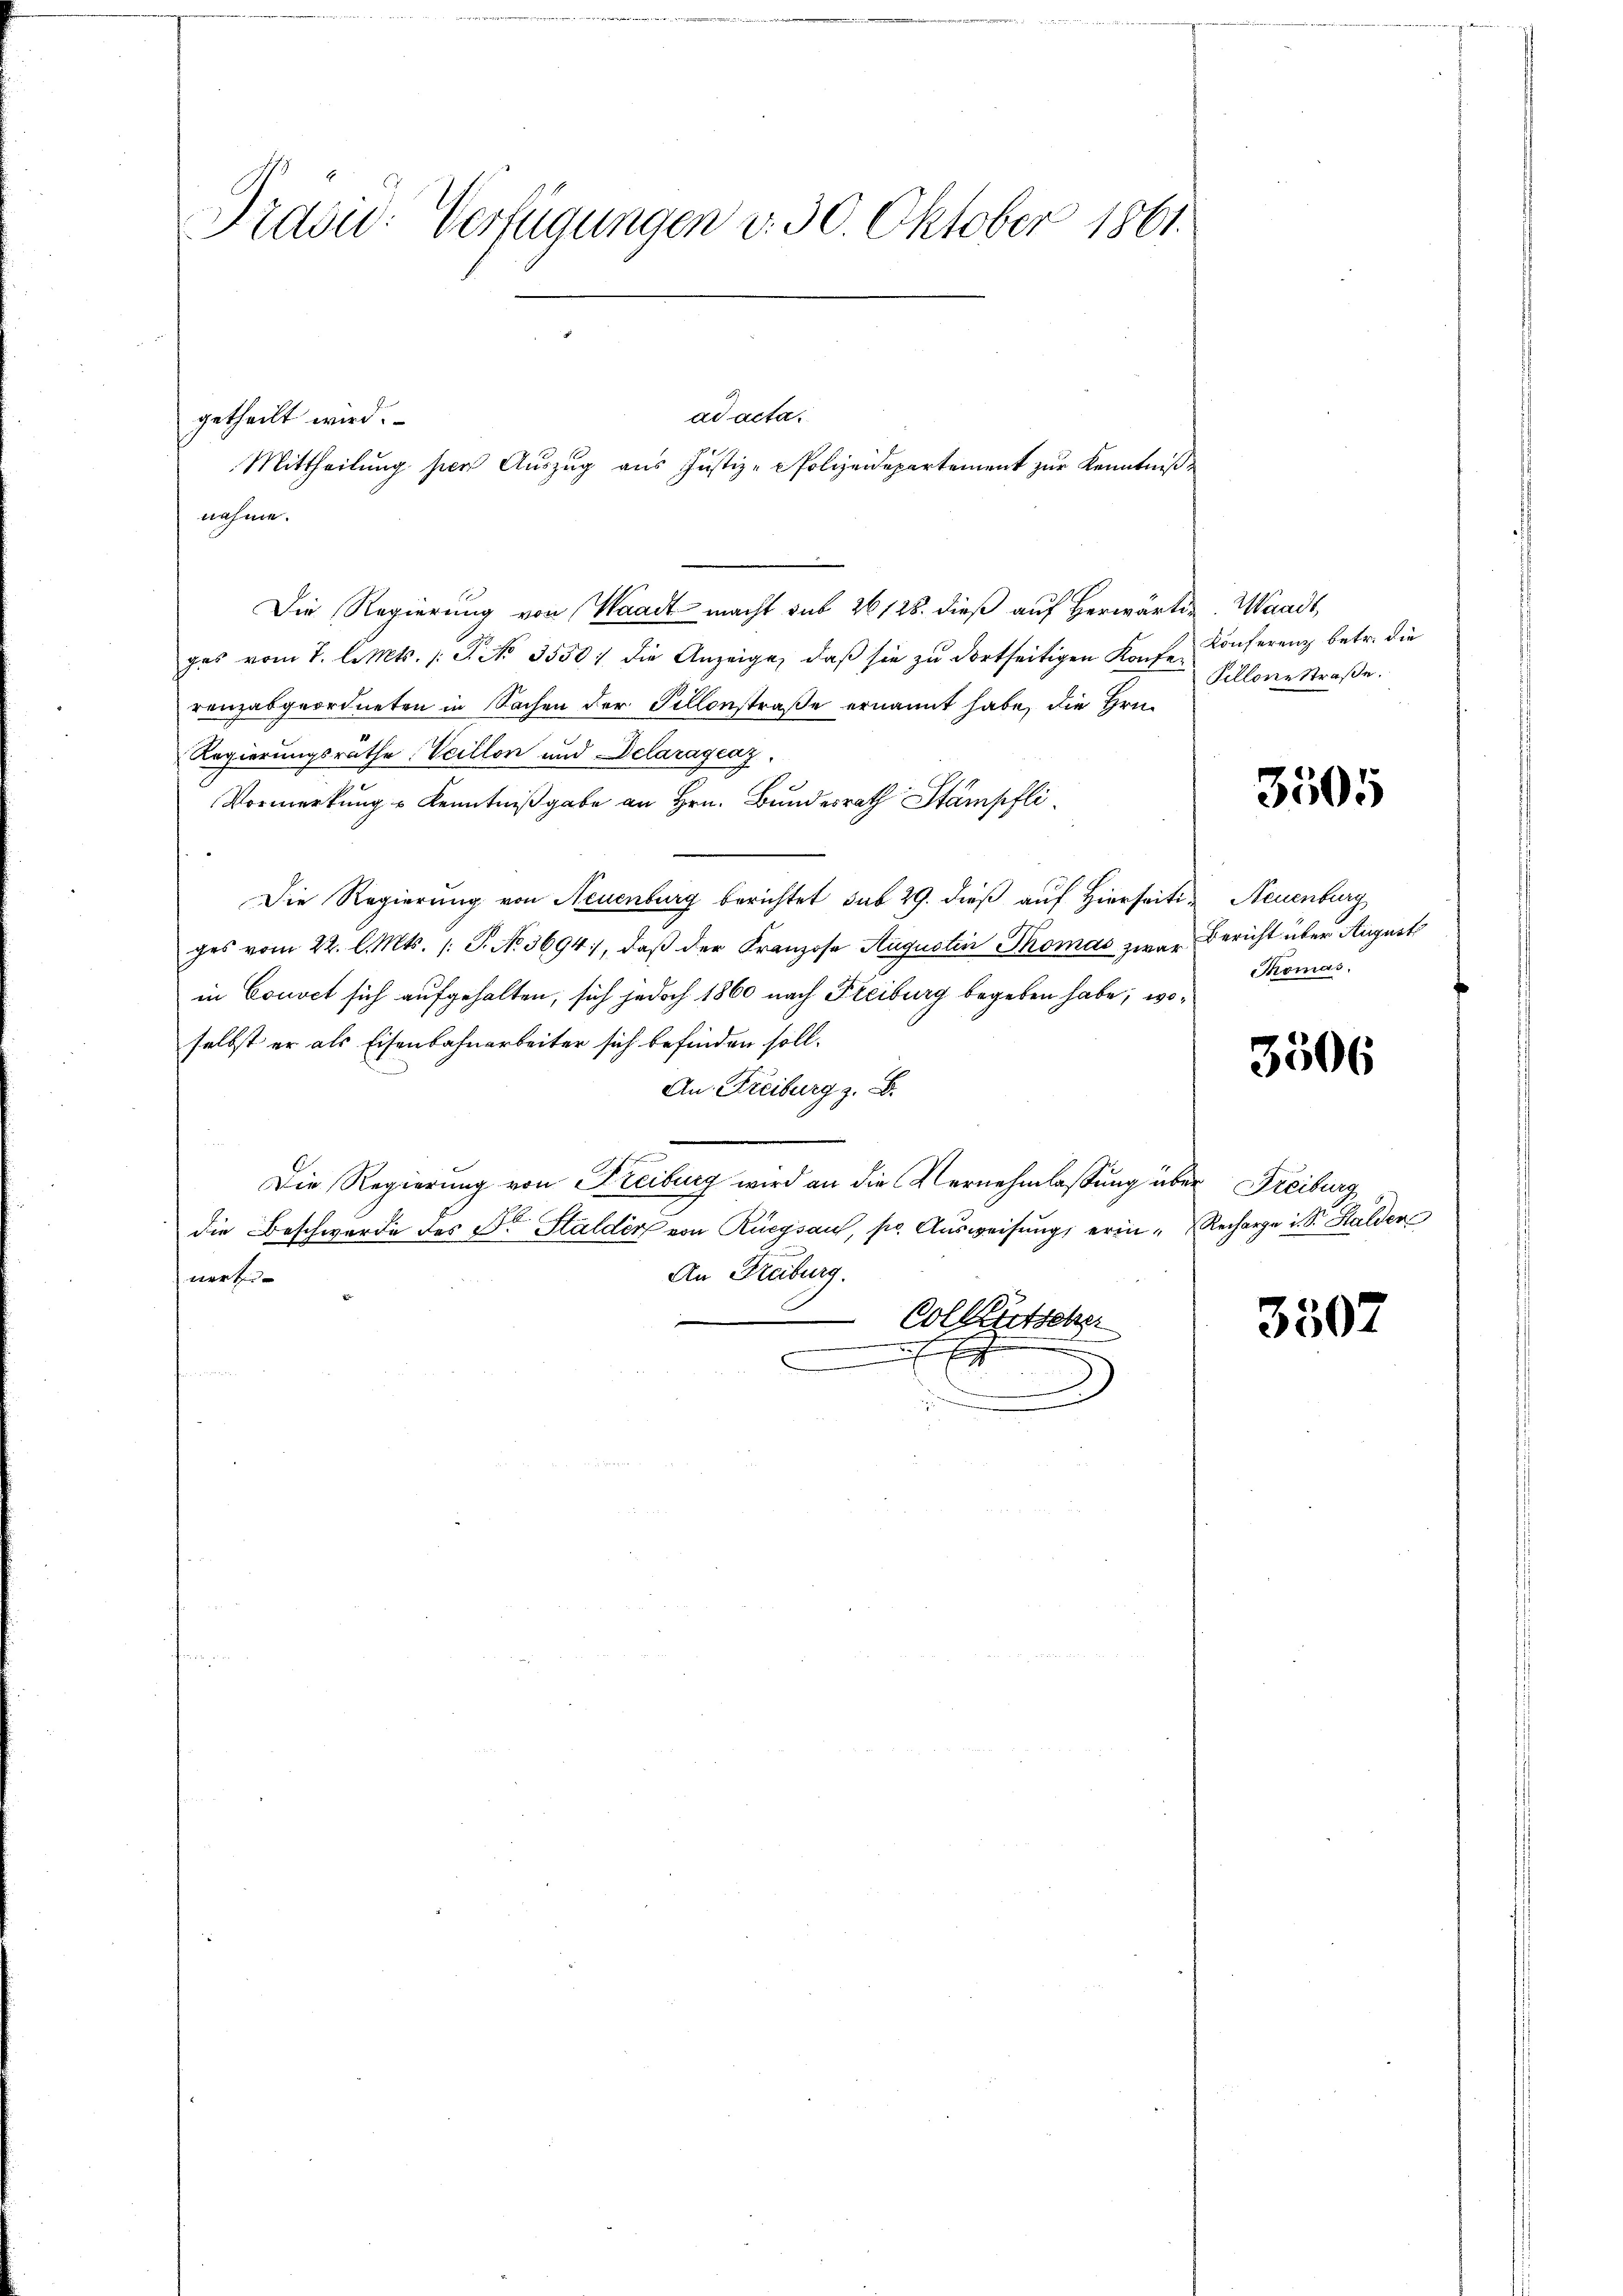
Prdsu- Verfügungen v. 30. Oktober 1861.

getheilt wird.
Mittheilung hier Auszug aus Justiz- & Polizeidepartement zur Kenntnißnahme.
Die Regierung von Waadt macht sub 26128. dieß auf herwärtig. Waadt,
ges vom 7. l. Mts. /: P. No. 3550 die Anzeige, daβ sie zŭ dortseitigen Konfe-
renzabgeordneten in Sachen der Fillonstraße ernannt habe, die Hrn.
Regierungsräthe. Veillon und Delaragenz.
Vormerkung u Kenntnißgabe an Hrn. Bundesrath Stämpfli
Die Regierung von Neuenburg berichtet sub 29. dieß auf Hierseiti- Neuenburg
ges vom 22. l. Mts. /: P. No. 3694, daβ der Franzose Augustin Thomas zwar Bericht über August
in Couvet sich aufgehalten, sich jedoch 1860 nach Freiburg begeben habe; woselbst er als Eisenbahnarbeiter sich befinden soll.
An: Freiburg z. B.
u
Die Regierung von Freiburg wird an die Vernehmlassung über Freiburg
die Beschwerde des Dr Stalder von Rüegsaus, pr. Ausweisung, erin-Recharge u. S. Stalden
An Freiburg.
nert
Colktütsche
x

ad acta.

Konferenz betr. die
Fellone Straße.

3505

Thomas.

3506

3507